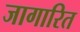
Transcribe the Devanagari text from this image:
जागारित